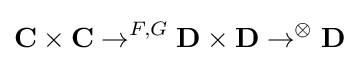
\mathbf {C} \times \mathbf {C} \to ^{F,G}\mathbf {D} \times \mathbf {D} \to ^{\otimes }\mathbf {D}